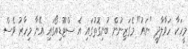
މީހަކާ ހަވާލާދީ "ނައު" މެގަޒިނުން ބުނިގޮތުގައި އެ ސްޓޫޑިއޯގައި އޭނާ މިހާރު ވެސް